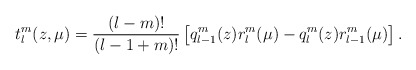
\begin{align*}t_l^m(z,\mu)=\frac{(l-m)!}{(l-1+m)!}\left[q_{l-1}^m(z)r_l^m(\mu)-q_l^m(z)r_{l-1}^m(\mu)\right].\end{align*}